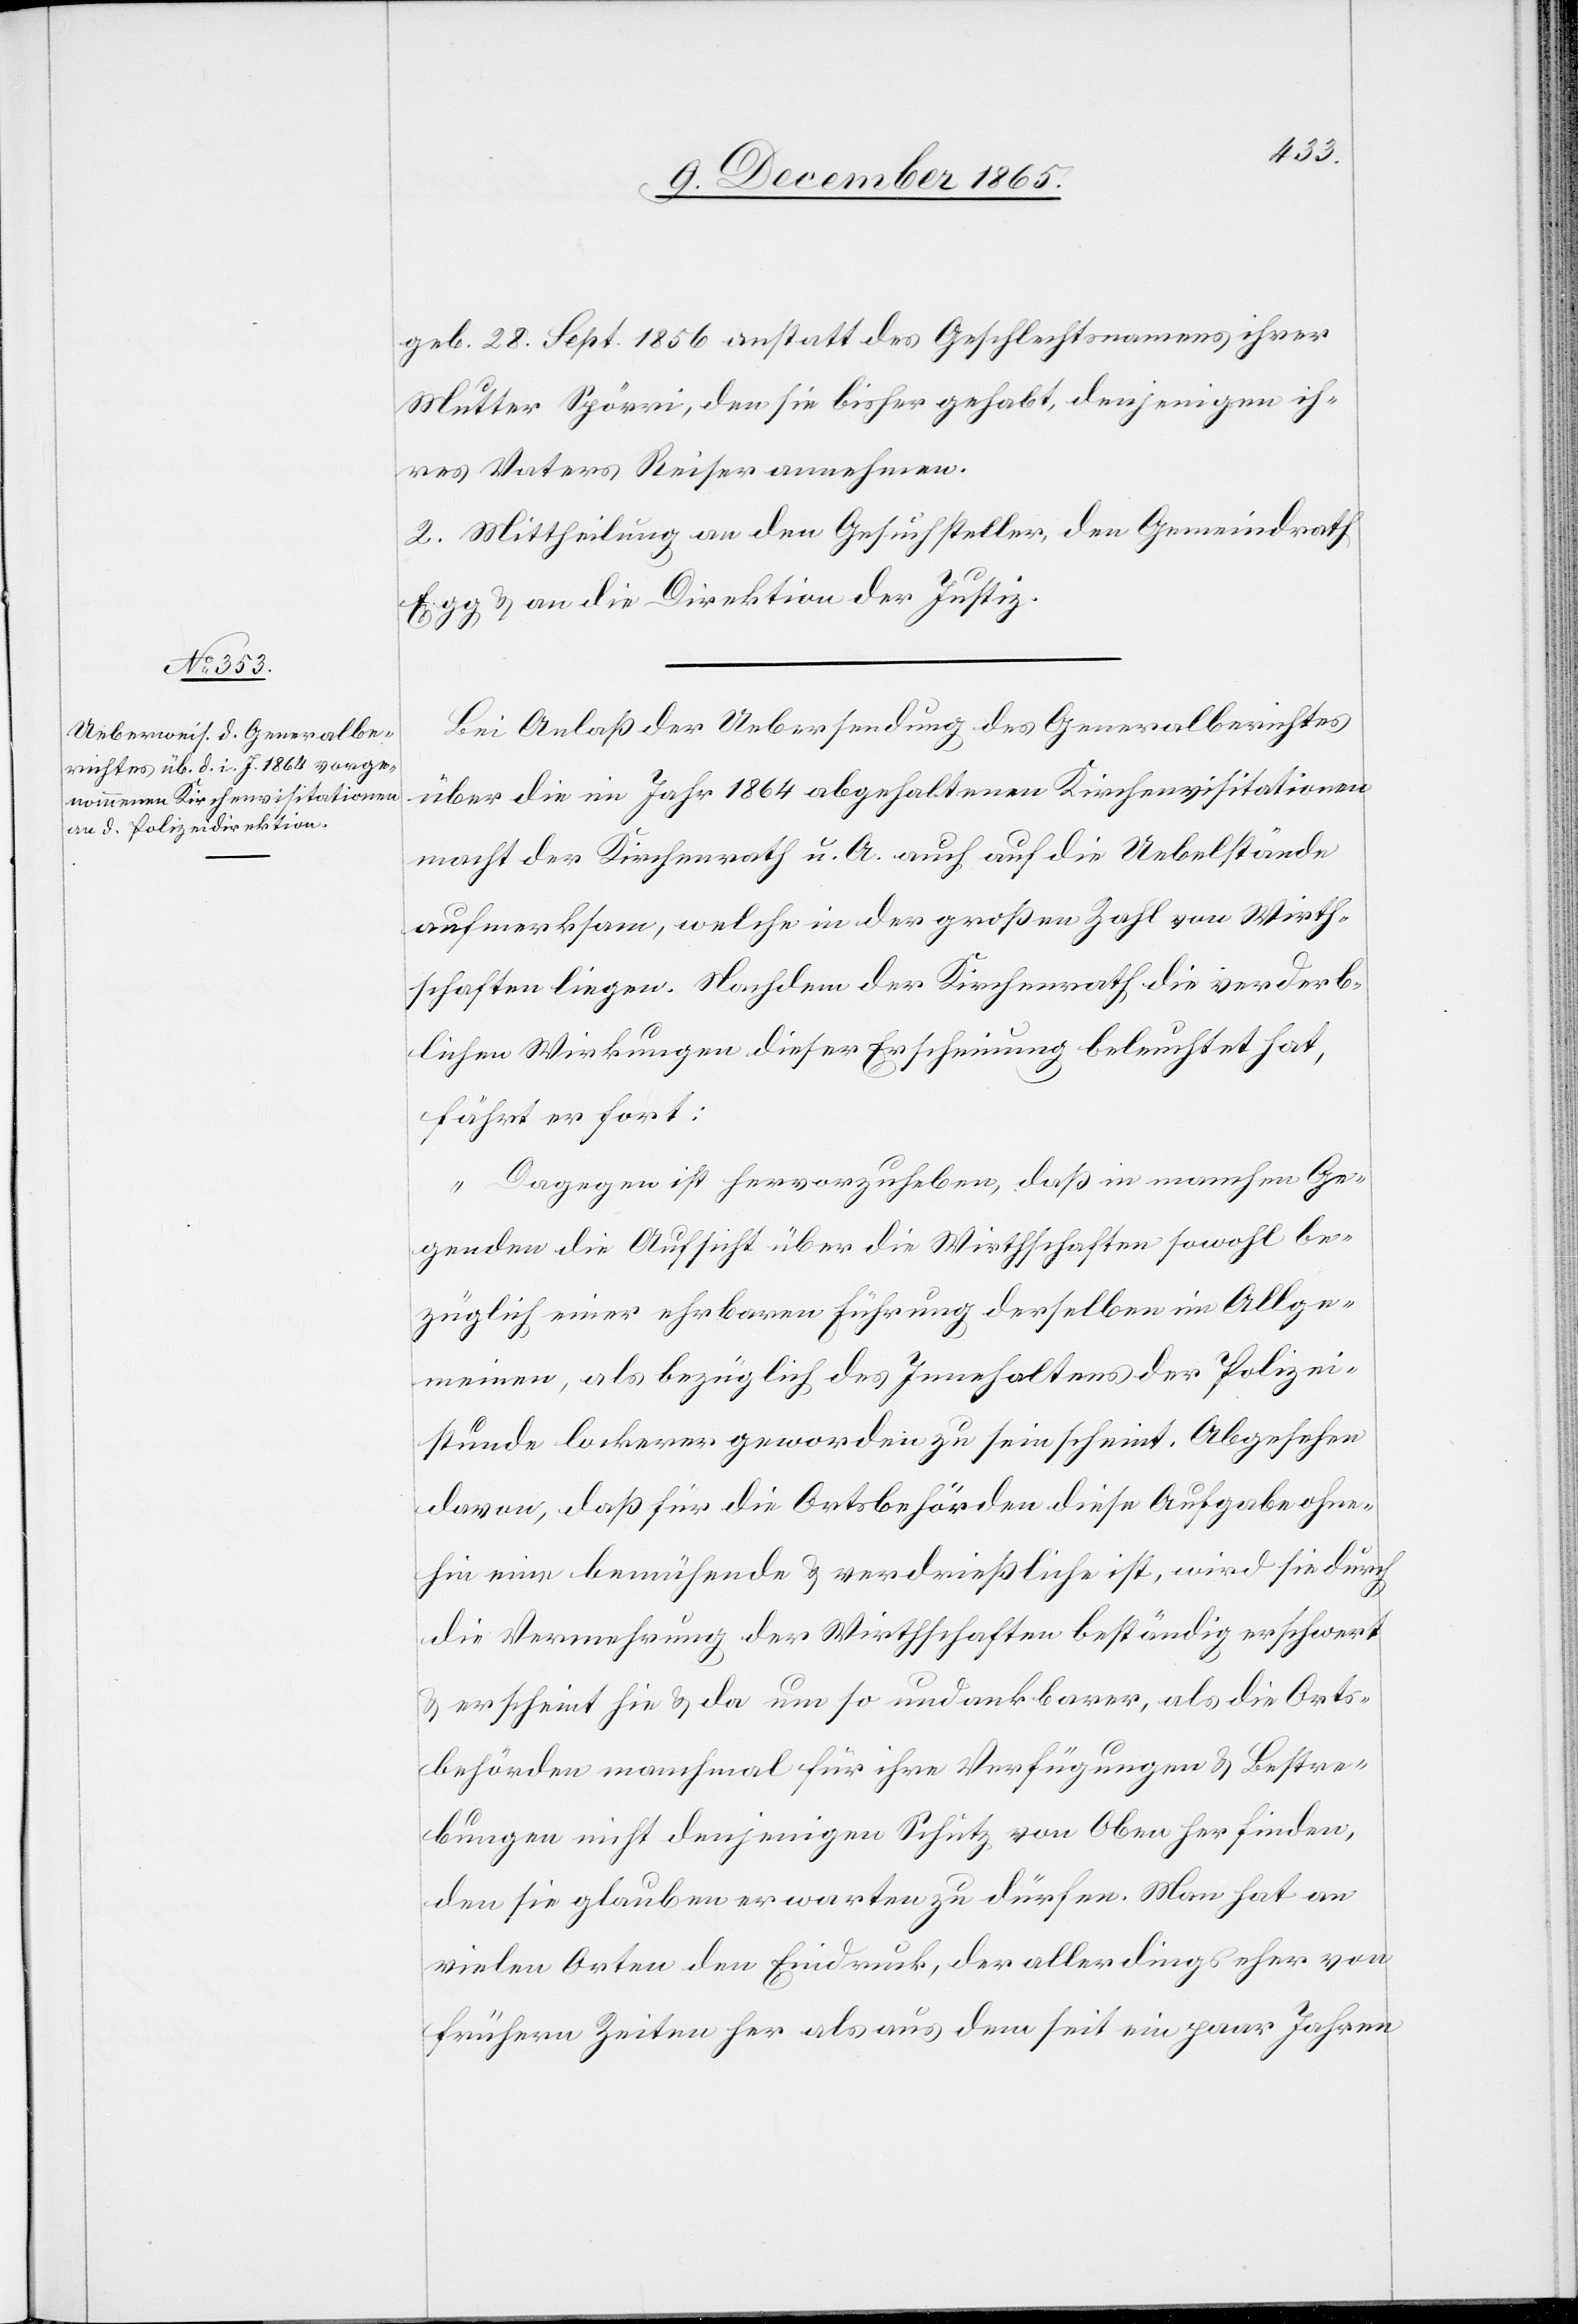
geb. 28. Sept. 1856 anstatt des Geschlechtsnamens ihrer
ihres Vaters Reiser annehmen.
2. Mittheilung an den Gesuchsteller, der Gemeindrath
Egg & an die Direktion der Justiz.
Bei Anlaß der Uebersendung des Generalberichtes
über die im Jahr 1864 abgehaltenen Kirchenvisitationen
macht der Kirchenrath u. A. auch auf die Uebelstände
aufmerksam, welche in der großen Zahl von Wirth¬
schaften liegen. Nachdem der Kirchenrath die verderb¬
lichen Wirkungen dieser Erscheinung beleuchtet hat,
fährt er fort:
„Dagegen ist hervorzuheben, daß in manchen Ge¬
genden die Aufsicht über die Wirthschaften sowohl be¬
züglich einer ehrbaren Führung derselben im Allge¬
meinen, als bezüglich des Innehaltens der Polizei¬
stunde lockerer geworden zu sein scheint. Abgesehen
davon, daß für die Ortsbehörden diese Aufgabe ohne¬
hin eine bemühende & verdrießliche ist, wird sie durch
die Vermehrung der Wirthschaften beständig erschwert
& erscheint sie & da um so undankbarer, als die Orts¬
behörden manchmal für ihre Verfügungen & Bestre¬
bungen nicht denjenigen Schutz von Oben her finden,
den sie glauben erwarten zu dürfen. Man hat an
vielen Orten den Eindruck, der allerdings sehr von
frühern Zeiten her als aus dem seit ein paar Jahren